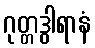
ဂုတ္တဒွါရာနံ